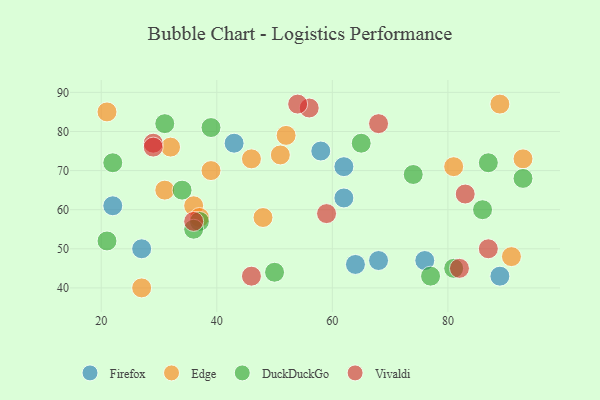
{"axis": {"x": "GDP", "y": "Life Expectancy"}, "legend": ["DuckDuckGo", "Edge", "Firefox", "Vivaldi"], "data": [{"x": "43", "y": 77, "type": "Firefox"}, {"x": "64", "y": 46, "type": "Firefox"}, {"x": "76", "y": 47, "type": "Firefox"}, {"x": "27", "y": 50, "type": "Firefox"}, {"x": "68", "y": 47, "type": "Firefox"}, {"x": "89", "y": 43, "type": "Firefox"}, {"x": "62", "y": 63, "type": "Firefox"}, {"x": "58", "y": 75, "type": "Firefox"}, {"x": "22", "y": 61, "type": "Firefox"}, {"x": "62", "y": 71, "type": "Firefox"}, {"x": "81", "y": 71, "type": "Edge"}, {"x": "52", "y": 79, "type": "Edge"}, {"x": "93", "y": 73, "type": "Edge"}, {"x": "91", "y": 48, "type": "Edge"}, {"x": "32", "y": 76, "type": "Edge"}, {"x": "31", "y": 65, "type": "Edge"}, {"x": "51", "y": 74, "type": "Edge"}, {"x": "21", "y": 85, "type": "Edge"}, {"x": "89", "y": 87, "type": "Edge"}, {"x": "39", "y": 70, "type": "Edge"}, {"x": "36", "y": 61, "type": "Edge"}, {"x": "48", "y": 58, "type": "Edge"}, {"x": "27", "y": 40, "type": "Edge"}, {"x": "46", "y": 73, "type": "Edge"}, {"x": "37", "y": 58, "type": "Edge"}, {"x": "21", "y": 52, "type": "DuckDuckGo"}, {"x": "81", "y": 45, "type": "DuckDuckGo"}, {"x": "65", "y": 77, "type": "DuckDuckGo"}, {"x": "31", "y": 82, "type": "DuckDuckGo"}, {"x": "22", "y": 72, "type": "DuckDuckGo"}, {"x": "93", "y": 68, "type": "DuckDuckGo"}, {"x": "34", "y": 65, "type": "DuckDuckGo"}, {"x": "74", "y": 69, "type": "DuckDuckGo"}, {"x": "77", "y": 43, "type": "DuckDuckGo"}, {"x": "37", "y": 57, "type": "DuckDuckGo"}, {"x": "86", "y": 60, "type": "DuckDuckGo"}, {"x": "87", "y": 72, "type": "DuckDuckGo"}, {"x": "39", "y": 81, "type": "DuckDuckGo"}, {"x": "50", "y": 44, "type": "DuckDuckGo"}, {"x": "36", "y": 55, "type": "DuckDuckGo"}, {"x": "68", "y": 82, "type": "Vivaldi"}, {"x": "59", "y": 59, "type": "Vivaldi"}, {"x": "56", "y": 86, "type": "Vivaldi"}, {"x": "36", "y": 57, "type": "Vivaldi"}, {"x": "29", "y": 77, "type": "Vivaldi"}, {"x": "54", "y": 87, "type": "Vivaldi"}, {"x": "83", "y": 64, "type": "Vivaldi"}, {"x": "29", "y": 76, "type": "Vivaldi"}, {"x": "87", "y": 50, "type": "Vivaldi"}, {"x": "46", "y": 43, "type": "Vivaldi"}, {"x": "82", "y": 45, "type": "Vivaldi"}]}